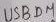
Text: USBDM